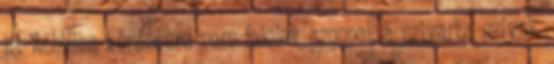
is. Achilles kérdésére nem felelek azonnal, a szivarba szívok,